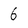
Character: 6